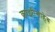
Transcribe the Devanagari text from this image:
काझीसाहेब